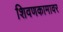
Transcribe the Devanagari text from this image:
शिवणकामावर